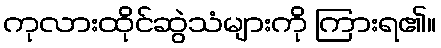
ကုလားထိုင်ဆွဲသံများကို ကြားရ၏။